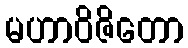
မဟာဝိဇိတော